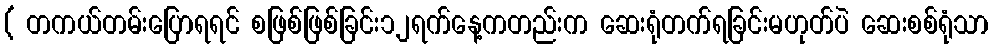
( တကယ်တမ်းပြောရရင် စဖြစ်ဖြစ်ခြင်း၁၂ရက်နေ့ကတည်းက ဆေးရုံတက်ရခြင်းမဟုတ်ပဲ ဆေးစစ်ရုံသာ